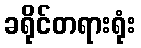
ခရိုင်တရားရုံး